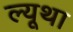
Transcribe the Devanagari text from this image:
ल्यूथा